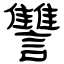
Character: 讐